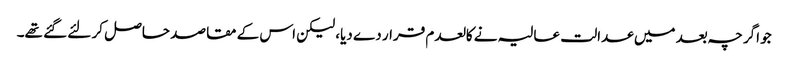
جو اگرچہ بعد میں عدالت عالیہ نے کالعدم قرار دے دیا، لیکن اس کے مقاصد حاصل کر لئے گئے تھے۔